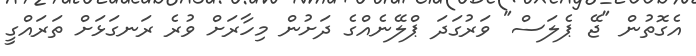
އެގޮތުން "ޖޭ ޕެލަސް" ވަރުގަދަ ޕްލޭނެއްގެ ދަށުން މިހާރަށް ވުރެ ރަނގަޅަށް ތަރައްގީ